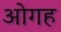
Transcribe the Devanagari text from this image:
ओगह